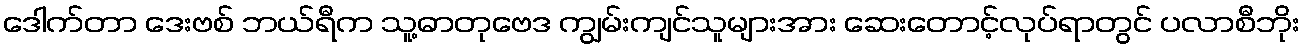
ဒေါက်တာ ဒေးဗစ် ဘယ်ရီက သူ့ဓာတုဗေဒ ကျွမ်းကျင်သူများအား ဆေးတောင့်လုပ်ရာတွင် ပလာစီဘိုး